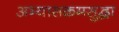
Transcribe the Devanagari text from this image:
अभ्यासक्रमसुद्धा